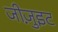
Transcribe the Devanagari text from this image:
जीजु़इट